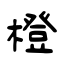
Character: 橙